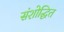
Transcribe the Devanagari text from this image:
संशोद्धित